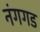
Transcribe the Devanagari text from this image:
नंगगड